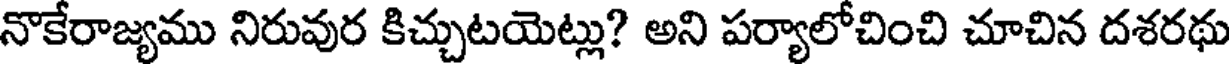
నొకేరాజ్యము నిరువుర కిచ్చుటయెట్లు? అని పర్యాలోచించి చూచిన దశరథు